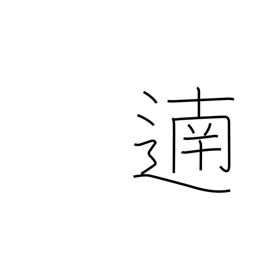
Meaning: bravo